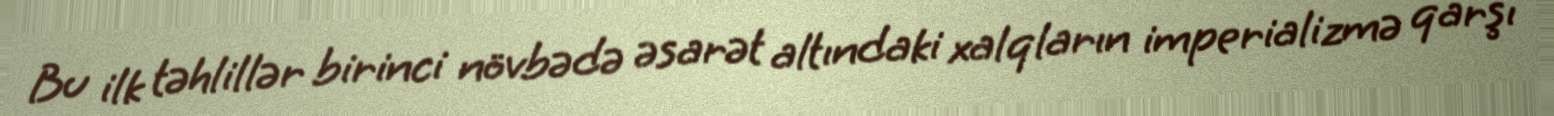
Bu ilk təhlillər birinci növbədə əsarət altındaki xalqların imperializmə qarşı